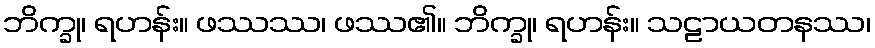
ဘိက္ခု၊ ရဟန်း။ ဖဿဿ၊ ဖဿ၏။ ဘိက္ခု၊ ရဟန်း။ သဠာယတနဿ၊